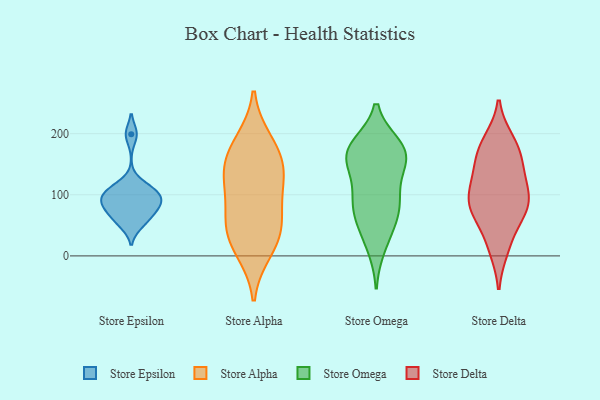
{"axis": {"x": "Energy Usage (MWh)", "y": "Value"}, "legend": ["Store Alpha", "Store Delta", "Store Epsilon", "Store Omega"], "data": [{"x": "", "y": 102, "type": "Store Epsilon"}, {"x": "", "y": 51, "type": "Store Epsilon"}, {"x": "", "y": 87, "type": "Store Epsilon"}, {"x": "", "y": 62, "type": "Store Epsilon"}, {"x": "", "y": 83, "type": "Store Epsilon"}, {"x": "", "y": 199, "type": "Store Epsilon"}, {"x": "", "y": 106, "type": "Store Epsilon"}, {"x": "", "y": 115, "type": "Store Epsilon"}, {"x": "", "y": 73, "type": "Store Epsilon"}, {"x": "", "y": 93, "type": "Store Epsilon"}, {"x": "", "y": 170, "type": "Store Alpha"}, {"x": "", "y": 90, "type": "Store Alpha"}, {"x": "", "y": 123, "type": "Store Alpha"}, {"x": "", "y": 29, "type": "Store Alpha"}, {"x": "", "y": 186, "type": "Store Alpha"}, {"x": "", "y": 150, "type": "Store Alpha"}, {"x": "", "y": 46, "type": "Store Alpha"}, {"x": "", "y": 131, "type": "Store Alpha"}, {"x": "", "y": 54, "type": "Store Alpha"}, {"x": "", "y": 10, "type": "Store Alpha"}, {"x": "", "y": 41, "type": "Store Omega"}, {"x": "", "y": 104, "type": "Store Omega"}, {"x": "", "y": 75, "type": "Store Omega"}, {"x": "", "y": 179, "type": "Store Omega"}, {"x": "", "y": 169, "type": "Store Omega"}, {"x": "", "y": 83, "type": "Store Omega"}, {"x": "", "y": 178, "type": "Store Omega"}, {"x": "", "y": 16, "type": "Store Omega"}, {"x": "", "y": 99, "type": "Store Omega"}, {"x": "", "y": 153, "type": "Store Omega"}, {"x": "", "y": 165, "type": "Store Omega"}, {"x": "", "y": 154, "type": "Store Omega"}, {"x": "", "y": 66, "type": "Store Omega"}, {"x": "", "y": 168, "type": "Store Omega"}, {"x": "", "y": 173, "type": "Store Delta"}, {"x": "", "y": 12, "type": "Store Delta"}, {"x": "", "y": 185, "type": "Store Delta"}, {"x": "", "y": 101, "type": "Store Delta"}, {"x": "", "y": 79, "type": "Store Delta"}, {"x": "", "y": 119, "type": "Store Delta"}, {"x": "", "y": 160, "type": "Store Delta"}, {"x": "", "y": 97, "type": "Store Delta"}, {"x": "", "y": 188, "type": "Store Delta"}, {"x": "", "y": 144, "type": "Store Delta"}, {"x": "", "y": 137, "type": "Store Delta"}, {"x": "", "y": 18, "type": "Store Delta"}, {"x": "", "y": 92, "type": "Store Delta"}, {"x": "", "y": 67, "type": "Store Delta"}, {"x": "", "y": 78, "type": "Store Delta"}, {"x": "", "y": 67, "type": "Store Delta"}]}